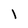
Character: l